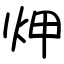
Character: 炠